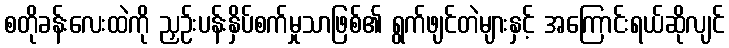
စတိုခန်းလေးထဲကို ညှဉ်းပန်းနှိပ်စက်မှုသာဖြစ်၏ ရွက်ဖျင်တဲများနှင့် အကြောင်းရယ်ဆိုလျင်